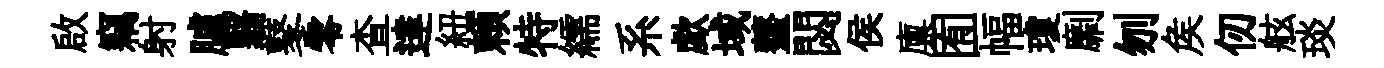
啟竊射臚翳鼕零查達紐頼特繻系歔域虀閟侯廪囿幅瓊劘刎矦仞舷琰